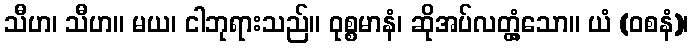
သီဟ၊ သီဟ။ မယ၊ ငါဘုရားသည်။ ဝုစ္စမာနံ၊ ဆိုအပ်လတ္တံ့သော။ ယံ (ဝစနံ)၊